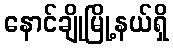
နောင်ချိုမြို့နယ်ရှိ